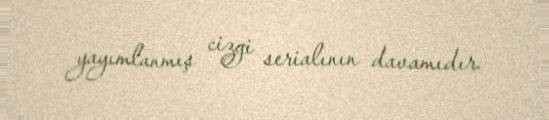
yayımlanmış cizgi serialının davamıdır.